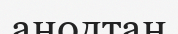
анодтан